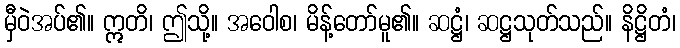
မှီဝဲအပ်၏။ ဣတိ၊ ဤသို့။ အဝေါစ၊ မိန့်တော်မူ၏။ ဆဋ္ဌံ၊ ဆဋ္ဌသုတ်သည်။ နိဋ္ဌိတံ၊